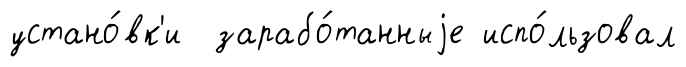
устано́вк'и зарабо́танныjе испо́льзовал